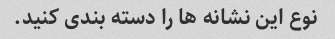
نوع این نشانه ها را دسته بندی کنید.